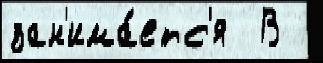
зан'има́етс'я  В